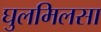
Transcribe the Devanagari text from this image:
घुलमिलसा